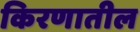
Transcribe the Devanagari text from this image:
किरणातील